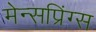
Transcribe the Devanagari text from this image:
मेन्सप्रिंग्स